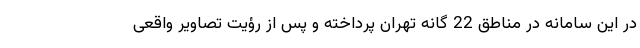
در این سامانه در مناطق 22 گانه تهران پرداخته و پس از رؤیت تصاویر واقعی